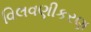
વિલવણીકરણ